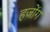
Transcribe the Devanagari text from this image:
हजोंग